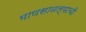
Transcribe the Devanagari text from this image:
माणसाळल्याची